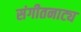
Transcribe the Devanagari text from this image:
संगीतनाट्य